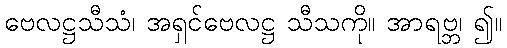
ဗေလဋ္ဌသီသံ၊ အရှင်ဗေလဋ္ဌ သီသကို။ အာရဗ္ဘ၊ ၍။